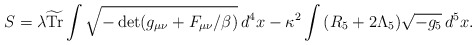
\begin{align*} S=\lambda \widetilde{\mathrm{Tr}}\int\sqrt{-\det(g_{\mu\nu}+F_{\mu\nu}/\beta)}\,d^4 x - \kappa^2 \int\, (R_5+2\Lambda_5)\sqrt{-g_{5}}\,d^5x.\end{align*}